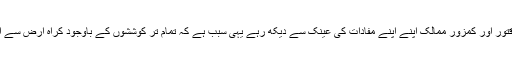
یہ کہنا غلط نہیں کہ دہشت گردی کو طاقتور اور کمزور ممالک اپنے اپنے مفادات کی عینک سے دیکھ رہے یہی سبب ہے کہ تمام تر کوششوں کے باوجود کراہ ارض سے انتہاپسندی ختم ہونے کا نام نہیں لی رہی۔